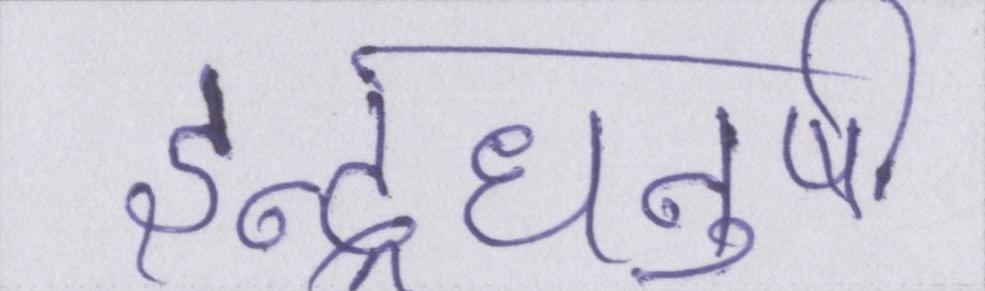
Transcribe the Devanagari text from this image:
इन्द्रधनुषी